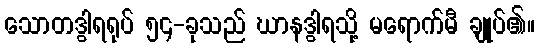
သောတဒွါရရုပ် ၅၄-ခုသည် ဃာနဒွါရသို့ မရောက်မီ ချုပ်၏။